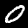
Digit: 0